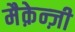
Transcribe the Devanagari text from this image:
मैक़ेन्ज़ी